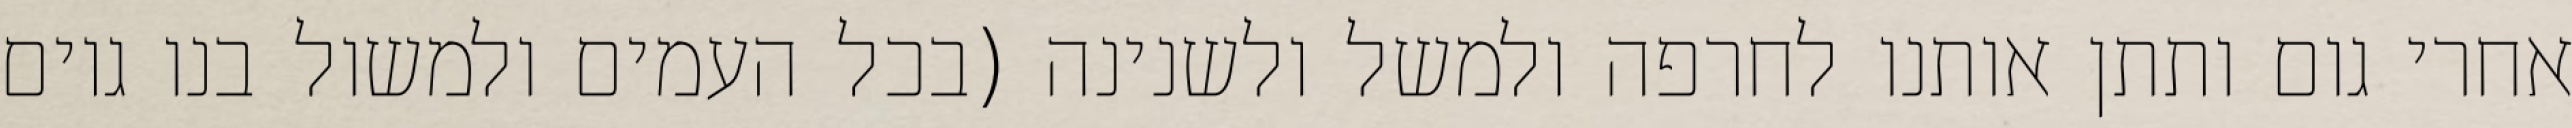
אחרי גום ותתן אותנו לחרפה ולמשל ולשנינה (בכל העמים ולמשול בנו גוים